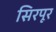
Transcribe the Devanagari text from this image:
सिरपूर